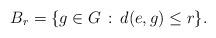
LaTeX: \begin{align*} B_r = \{g \in G\,:\,d(e,g) \leq r\}.\end{align*}